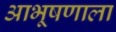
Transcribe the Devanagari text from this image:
आभूषणाला